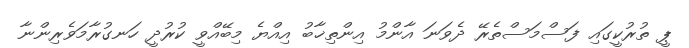
ޕީ ތުރުކީގައި ފަސްމަސްތެރޭ ދެވަނަ އާންމު އިންތިޚާބު އިއްޔެ މިބޭއްވީ ކުރުދީ ހަނގުރާމަވެރިންނާ